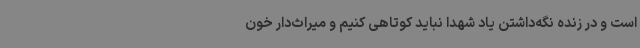
است و در زنده نگه‌داشتن یاد شهدا نباید کوتاهی کنیم و میراث‌دار خون